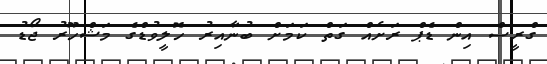
ގްރީސް އިން ޑެޕް ރަށެއް ގަތް ކަމަށް ބުނާއިރު ހޮލީވުޑްގެ މަޝްހޫރު ޖޯޑު